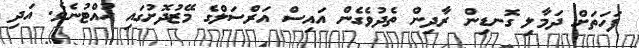
ފަހަތަށް ދަމާލި ގޮނޑިން ރާދިން ތެދުވެގެން އައިސް އަރްސަލްގެ މޭޒުދޮށުގައި ހުއްޓުނެވެ. އަދި